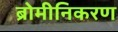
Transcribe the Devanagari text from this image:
ब्रोमीनिकरण